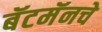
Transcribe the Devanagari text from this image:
बॅटमॅनचे